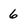
Character: 6